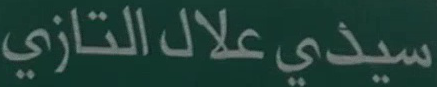
سيدى علال التازي